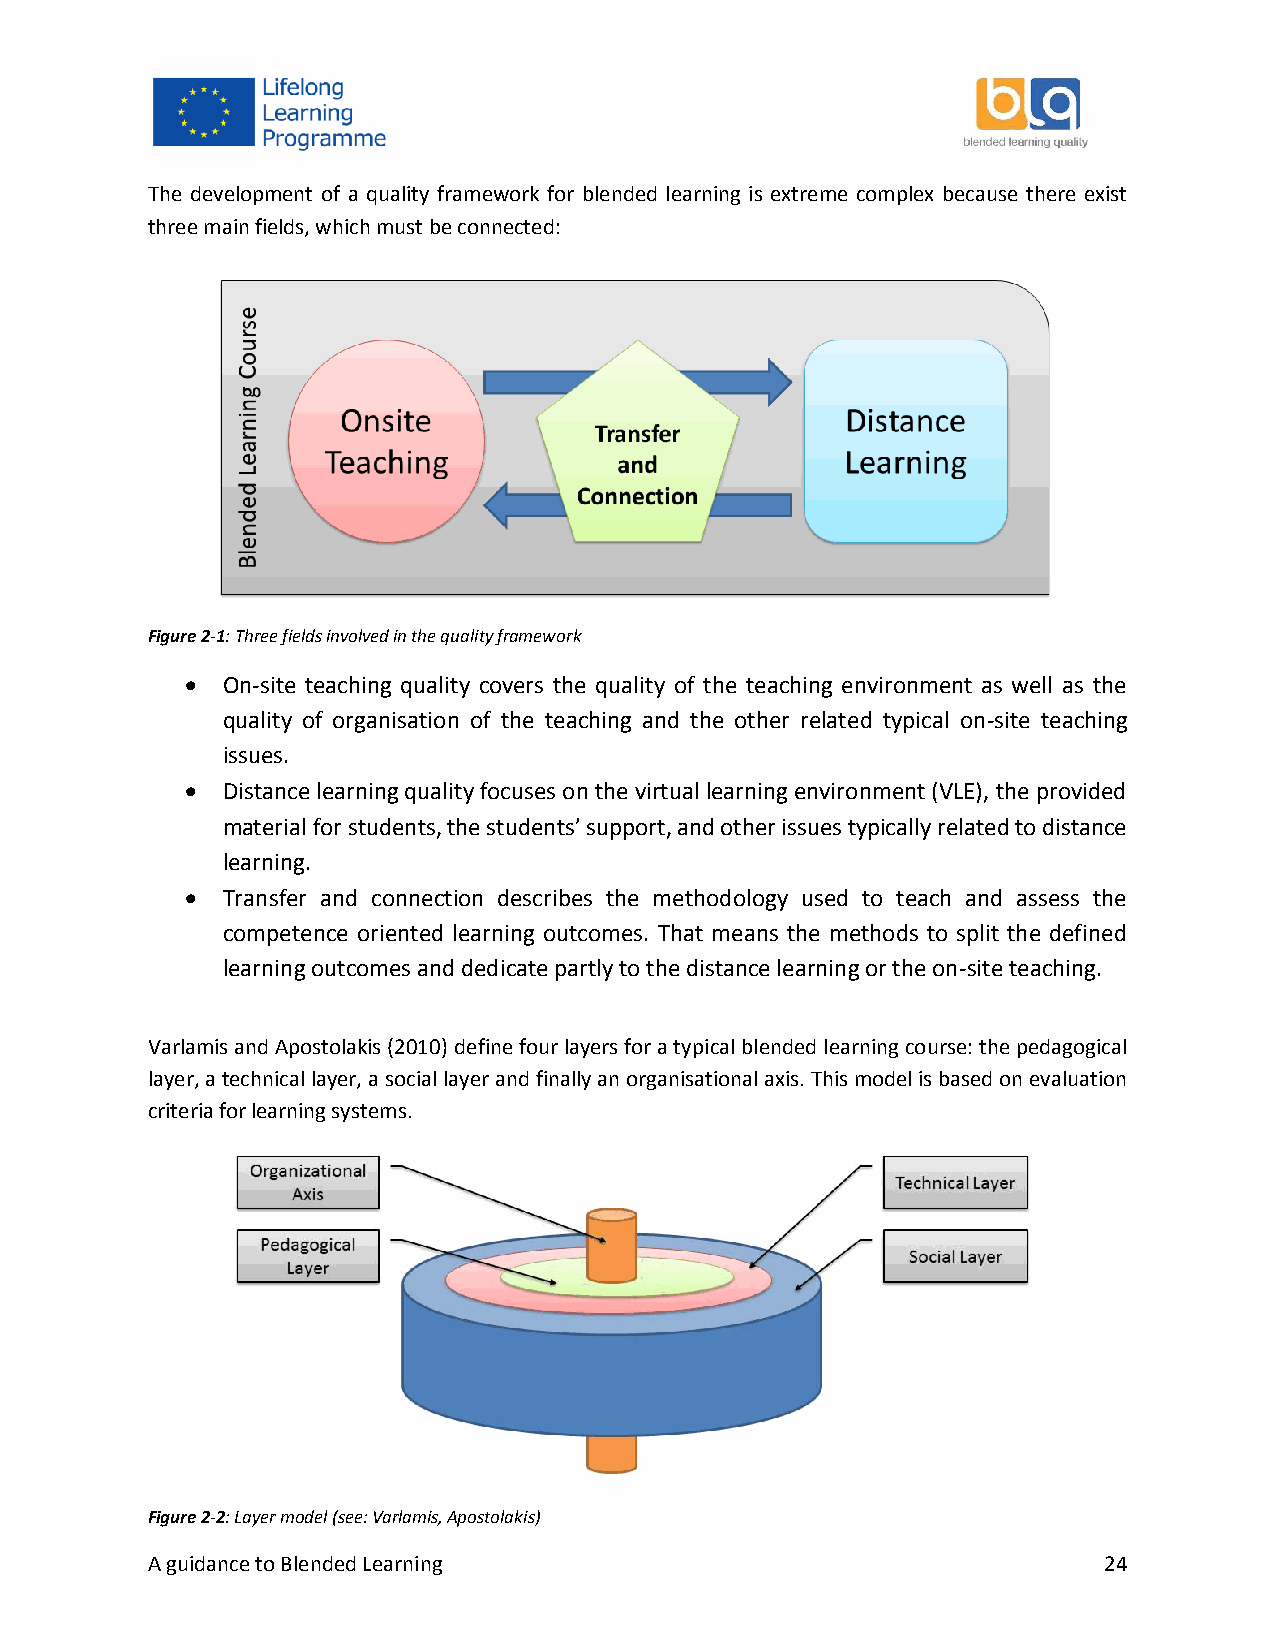
The development of a quality framework for blended learning is extreme complex because there exist
 three main fields, which must be connected:
 Figure 2-1: Three fields involved in the quality framework
   On-site teaching quality covers the quality of the teaching environment as well as the
 quality of organisation of the teaching and the other related typical on-site teaching
 issues.
   Distance learning quality focuses on the virtual learning environment (VLE), the provided
 material for students, the students’ support, and other issues typically related to distance
 learning.
   Transfer and connection describes the methodology used to teach and assess the
 competence oriented learning outcomes. That means the methods to split the defined
 learning outcomes and dedicate partly to the distance learning or the on-site teaching.
 Varlamis and Apostolakis (2010) define four layers for a typical blended learning course: the pedagogical
 layer, a technical layer, a social layer and finally an organisational axis. This model is based on evaluation
 criteria for learning systems.
 Figure 2-2: Layer model (see: Varlamis, Apostolakis)
 A guidance to Blended Learning                                 24